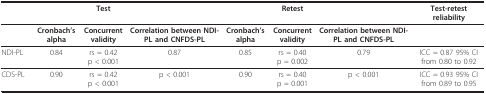
<table><thead><tr><td></td><td></td><td><b>Test</b></td><td></td><td></td><td><b>Retest</b></td><td></td><td><b>Test-retest reliability</b></td></tr></thead><tbody><tr><td></td><td><b>Cronbach&#x27;s alpha</b></td><td><b>Concurrent validity</b></td><td><b>Correlation between NDI-PL and CNFDS-PL</b></td><td><b>Cronbach&#x27;s alpha</b></td><td><b>Concurrent validity</b></td><td><b>Correlation between NDI-PL and CNFDS-PL</b></td><td></td></tr><tr><td>NDI-PL</td><td>0.84</td><td>rs = 0.42 p &lt; 0.001</td><td>0.87</td><td>0.85</td><td>rs = 0.40 p = 0.002</td><td>0.79</td><td>ICC = 0.87 95% CI from 0.80 to 0.92</td></tr><tr><td>CDS-PL</td><td>0.90</td><td>rs = 0.42 p &lt; 0.001</td><td>p &lt; 0.001</td><td>0.90</td><td>rs = 0.40 p = 0.001</td><td>p &lt; 0.001</td><td>ICC = 0.93 95% CI from 0.89 to 0.95</td></tr></tbody></table>